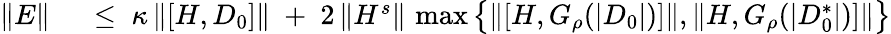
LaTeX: \begin{array}{rl}{\| E\| }&{{}\; \leq\; \kappa\, \| [H,D_{0}]\| \; +\; 2\, \| H^{s}\| \, \operatorname*{max}\big\{ \| [H,G_{\rho}(|D_{0}|)]\| ,\| H,G_{\rho}(|D_{0}^{*}|)]\| \big\} }\end{array}